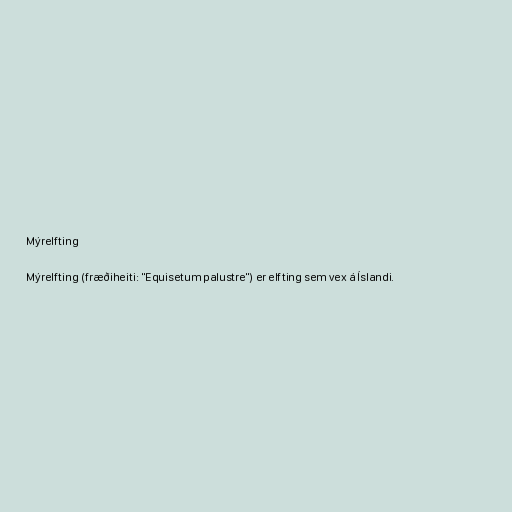
Mýrelfting

Mýrelfting (fræðiheiti: "Equisetum palustre") er elfting sem vex á Íslandi.